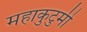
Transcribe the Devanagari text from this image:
महाकुटुमी